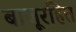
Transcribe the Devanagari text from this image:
बाजूरहित